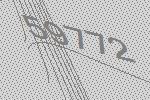
59772